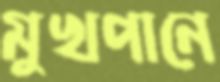
মুখপানে